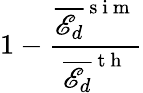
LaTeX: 1-\frac{\overline{{\mathscr{E}_{d}}}^{\mathrm{~s~i~m~}}}{\overline{{\mathscr{E}_{d}}}^{\mathrm{~t~h~}}}